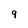
Character: 9